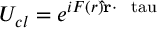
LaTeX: U _ { c l } = e ^ { i F ( r ) { \bf \hat { r } } \cdot \mathrm { \boldmath ~ \ t a u ~ } }